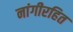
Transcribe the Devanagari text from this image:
नांगीरहित